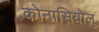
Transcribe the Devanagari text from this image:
कोनासियोलू